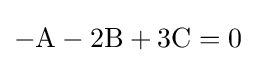
-\mathrm {A} -2\mathrm {B} +3\mathrm {C} =0